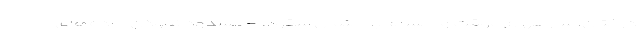
درختان، سازههای موقت و اجسام با احتمال سقوط - مسدود نمودن جاده‌های